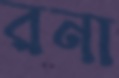
রনা